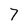
Character: T